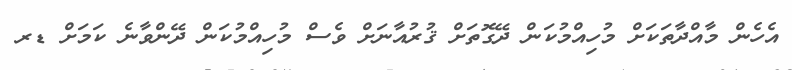
އެހެން މާއްދާތަކަށް މުހިއްމުކަން ދޭގޮތަށް ޤުރުއާނަށް ވެސް މުހިއްމުކަން ދޭންވާނެ ކަމަށް ޑރ